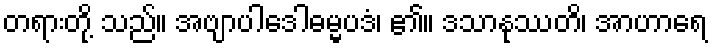
တရားတို့ သည်။ အဗျာပါဒေါဓမ္မပဒံ၊ ၏။ ဒသာနုဿတိ၊ အာဟာရေ